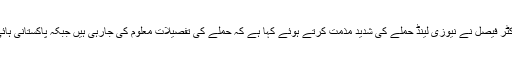
رپورٹ کے مطابق ترجمان دفتر خارجہ ڈاکٹر فیصل نے نیوزی لینڈ حملے کی شدید مذمت کرتے ہوئے کہا ہے کہ حملے کی تفصیلات معلوم کی جارہی ہیں جبکہ پاکستانی ہائی کمشنر مقامی حکام سے رابطے میں ہے۔